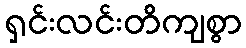
ရှင်းလင်းတိကျစွာ